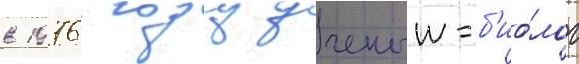
в 1976 году ученыи-б'ио́лог